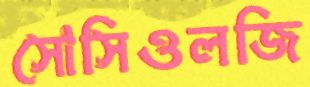
সোসিওলজি